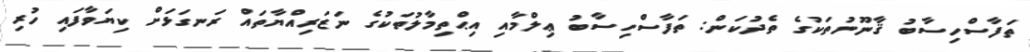
ތަފާސްހިސާބު ޤާނޫނުތަކުގެ ތެދުކަން: ތަފާސްހިސާބު ޢިލްމާއި އިޙްތިމާލުތަކުގެ ނަޒަރިއްޔާތައް ރަނގަޅަށް ކިޔަވާފައި ހުރި